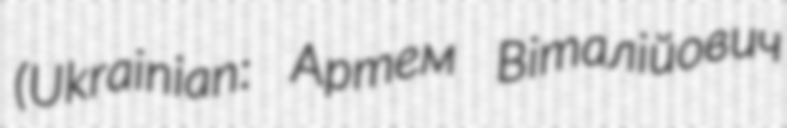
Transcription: (Ukrainian: Артем Віталійович